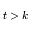
t > k